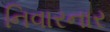
નિવારનાર